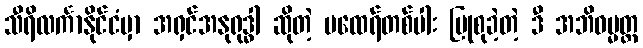
သီရိလင်္ကာနိုင်ငံမှာ အရှင်အနုရုဒ္ဓါ ဆိုတဲ့ မထေရ်တစ်ပါး ပြုစုခဲ့တဲ့ ဒီ အဘိဓမ္မတ္ထ